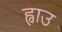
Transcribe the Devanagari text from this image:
ह्वाउ